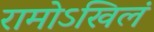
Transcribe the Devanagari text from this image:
रामोऽखिलं